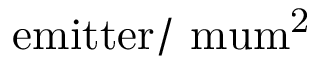
\mathrm { e m i t t e r / \ m u m ^ { 2 } }